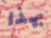
بهذا